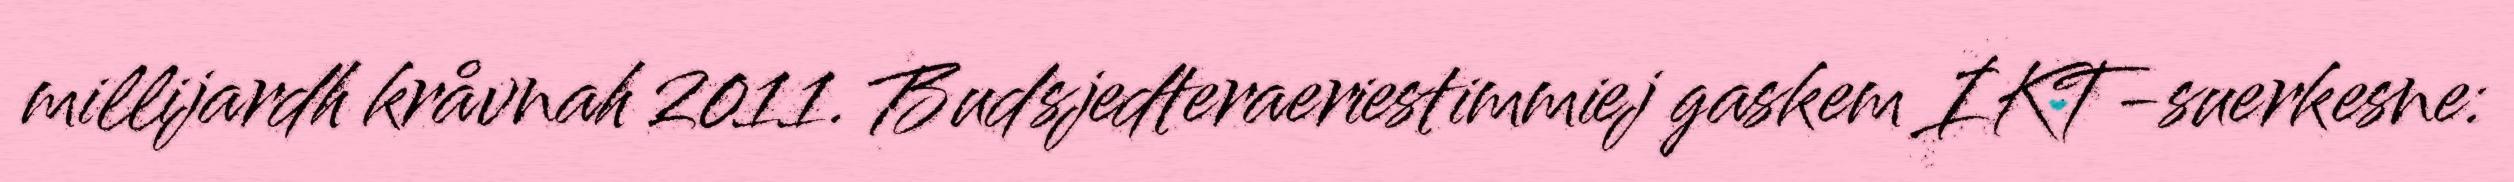
millijardh kråvnah 2011. Budsjedteraeriestimmiej gaskem IKT-suerkesne: